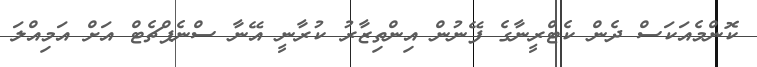
ކޮންމެއަކަސް ދެން ކެޓްރީނާގެ ފޭނުން އިންތިޒާރު ކުރާނީ އޭނާ ސްނެޕްޗެޓް އަށް އަމިއްލަ